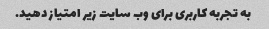
به تجربه کاربری برای وب سایت زیر امتیاز دهید.